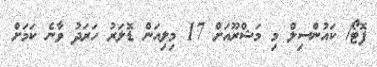
ފޮޓޯ/ ކައުންސިލް މި މަޝްރޫއަށް 17 މިލިއަން ޑޮލަރު ހަރަދު ވާނެ ކަމަށް